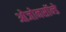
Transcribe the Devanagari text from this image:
ओजोनसॉन्‍डे